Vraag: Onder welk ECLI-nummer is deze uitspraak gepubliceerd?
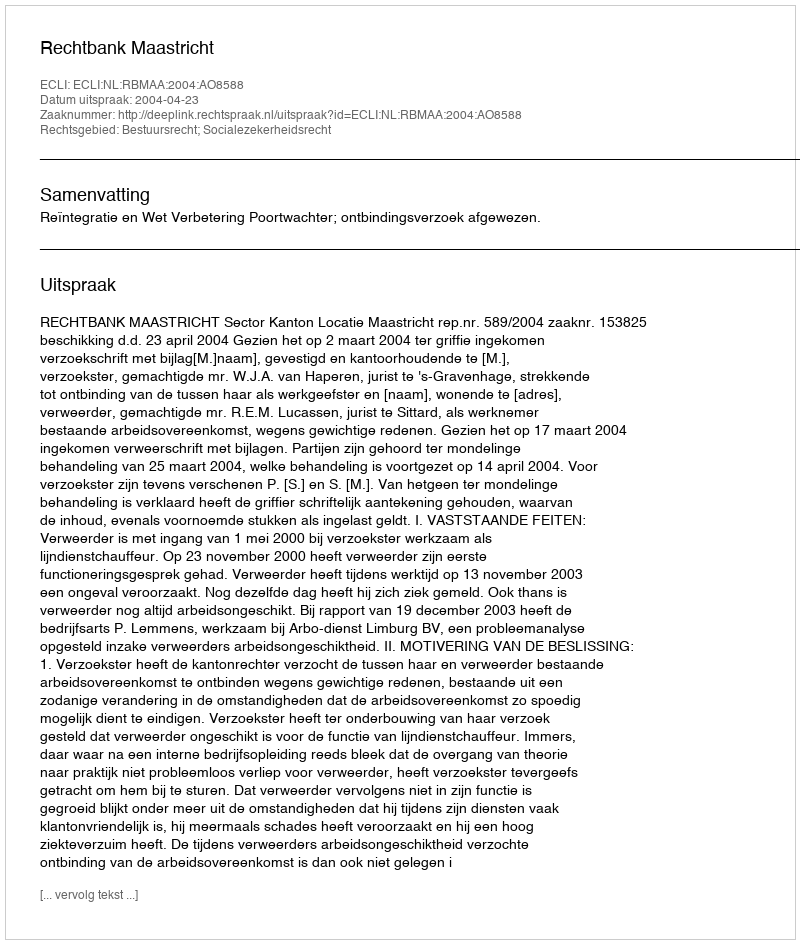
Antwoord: ECLI:NL:RBMAA:2004:AO8588